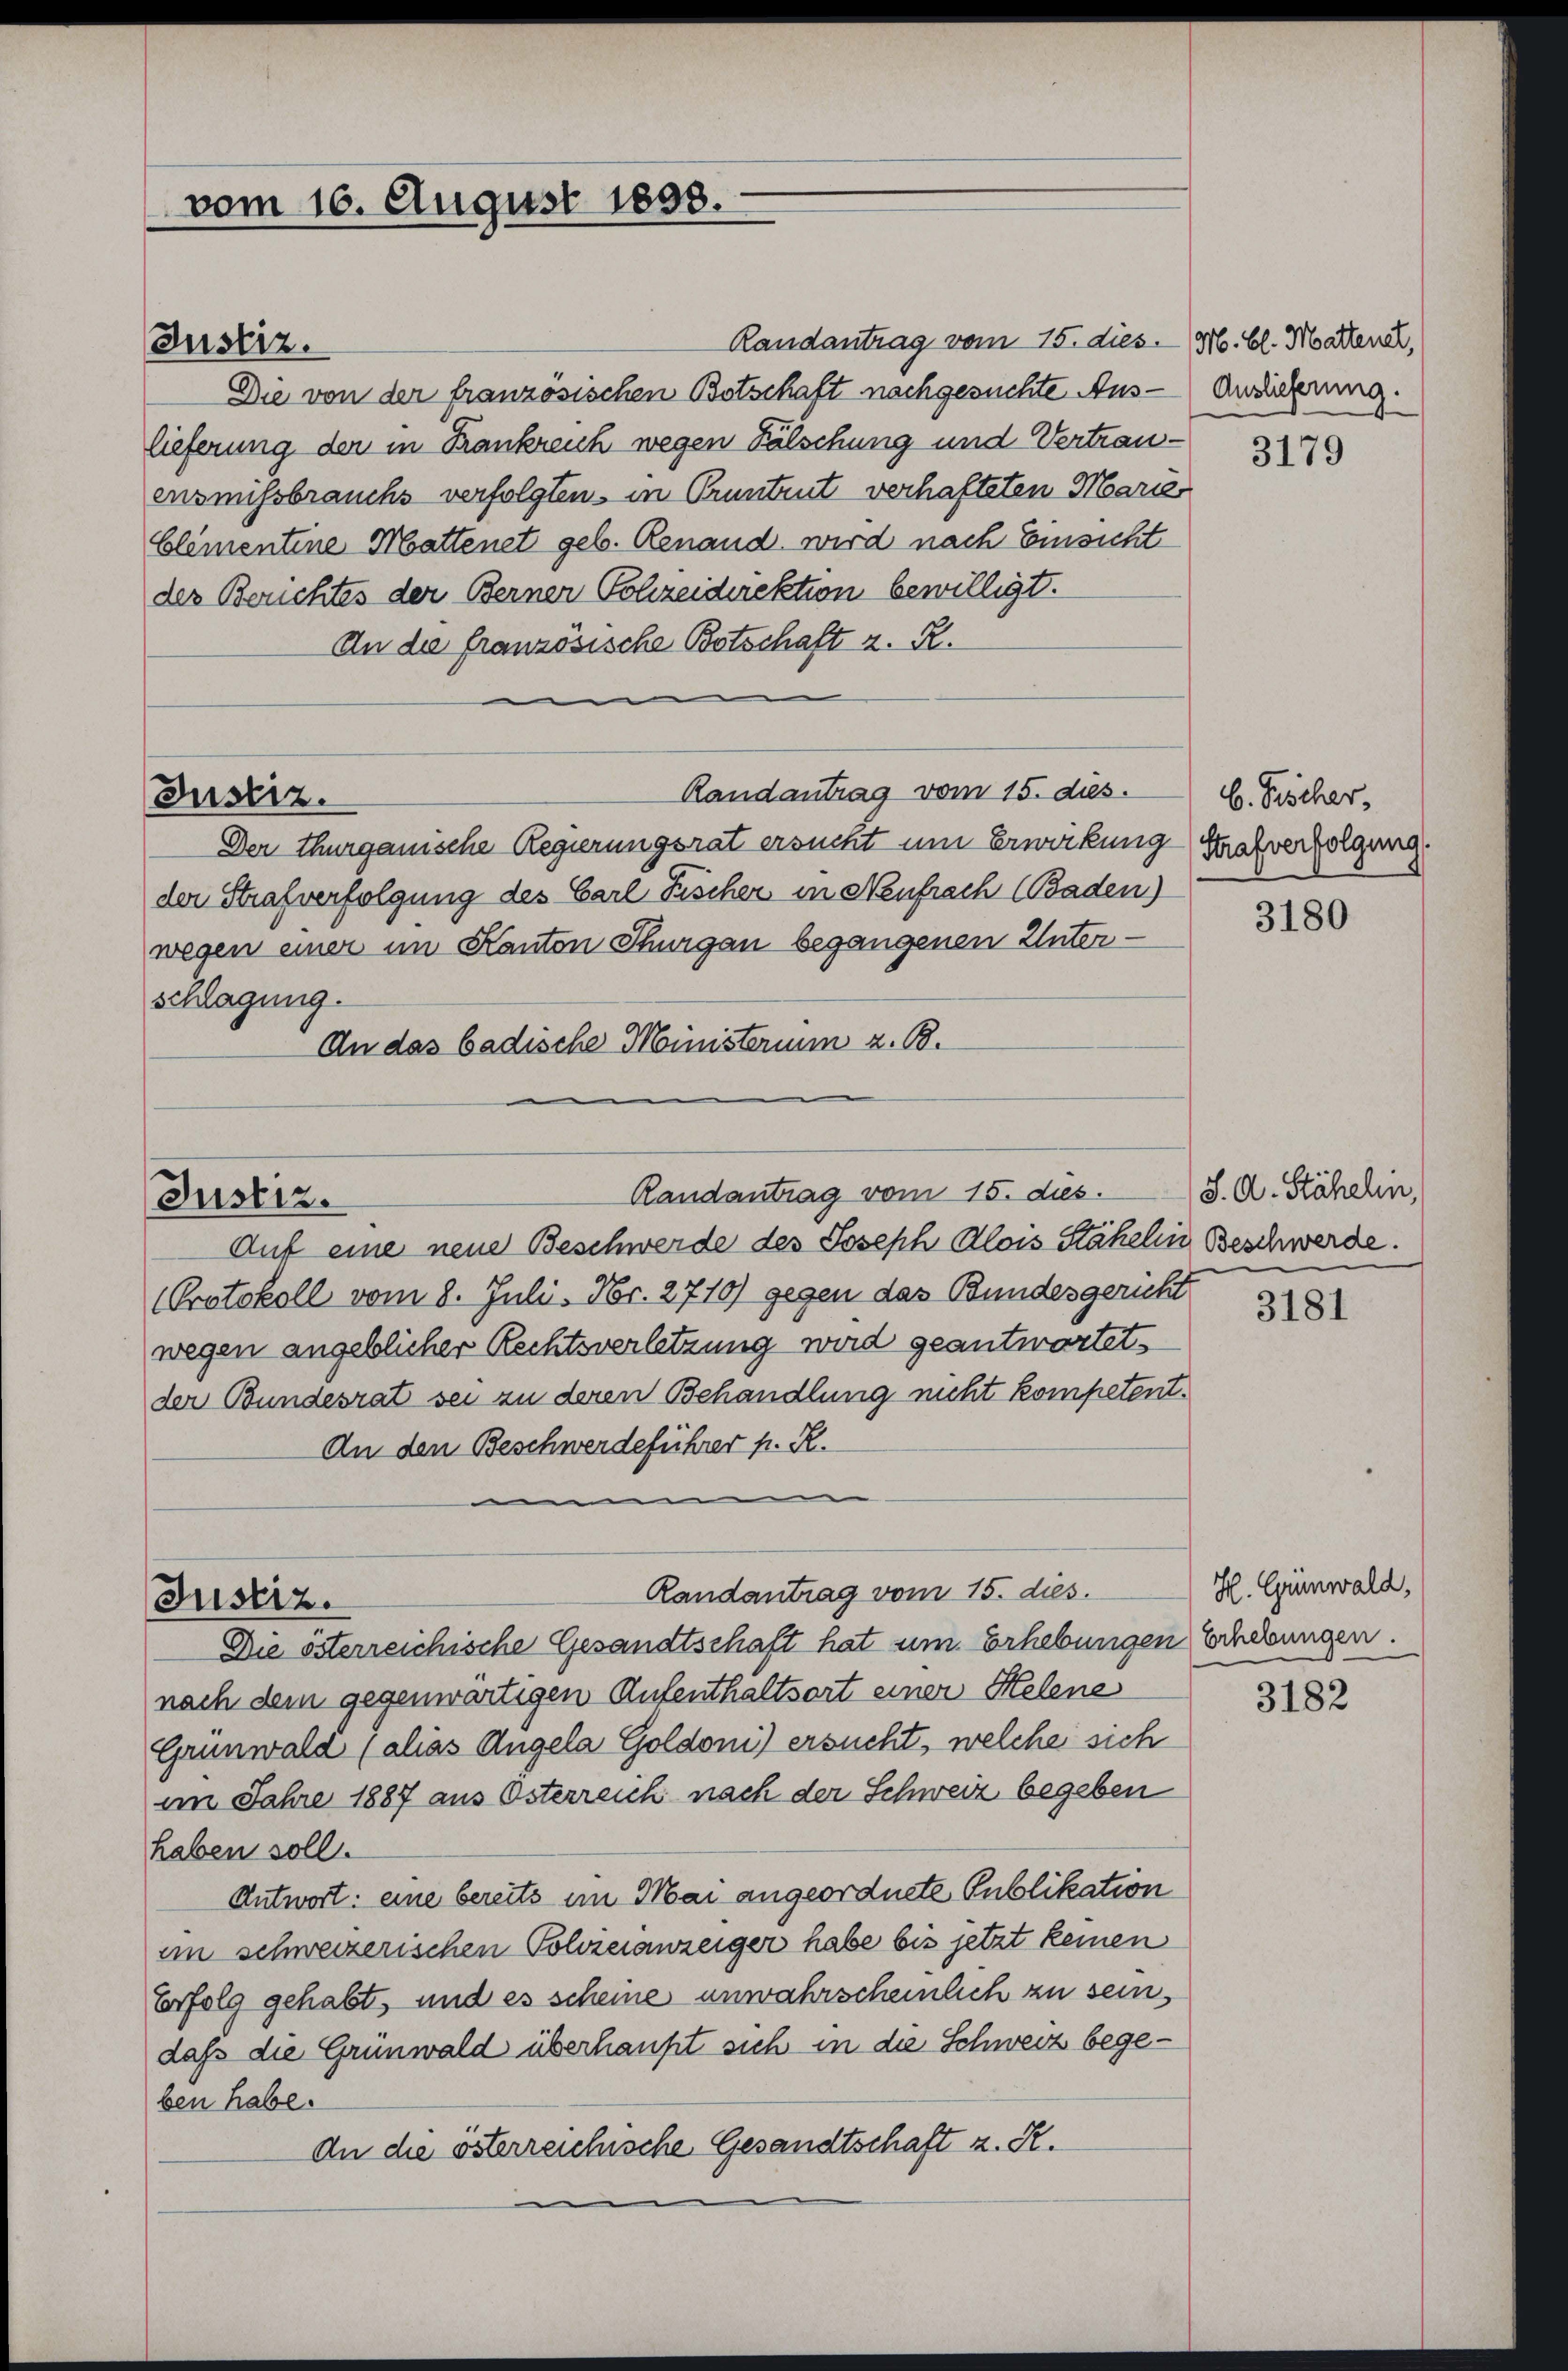
vom 16. August 1833.

Randantrag vom 15. dies. M. Cl. Matten,
Die von der französischen Botschaft nachgesuchte Auslieferung der in Trankreich wegen Fälschung und Vertrauensmissbrauchs verfolgten in Pruntrut verhafteten Marier
Clementine Mattenet geb. Renand wird nach Einsicht
des Berichtes der Berner Polizeidirektion bewilligt.
An die französische Botschaft z. R.
Randantrag vom 15. dies.
Der thurgauische Regierungsrat ersucht um Erwirkung Strafverfolgung
der Strafverfolgung des Carl Fischer in Neufrech (Baden)
wegen einer im Kanton Thurgau begangenen Unterschlagung.
An das badische Ministerium z. B.
Auf eine neue Beschwerde des Joseph Alois Stähelin Beschwerde.
Protokoll vom 8. Juli, Nr. 2710) gegen das Bundesgericht
wegen angeblicher Rechtsverletzung wird geantwortet,
der Bundesrat sei zu deren Behandlung nicht kompetent.
An den Beschwerdeführer p. R.
.
Randantrag vom 15. dies.
Justiz.
Die österreichische Gesandtschaft hat um Erhebungen Erhebungen.
nach dem gegenwärtigen Aufenthaltsort einer Helene
Grünwald (alias Angela Goldoni) ersucht, welche sich
im Jahre 1887 aus Österreich nach der Schweiz begeben
haben soll.
Antwort: eine bereits im Mai angeordnete Publikation
im schweizerischen Polvieranzeiger habe bis jetzt keinen
Erfolg gehabt, und es scheine unwahrscheinlich zu sein,
daß die Grünwald überhaupt sich in die Schweiz begeben habe.
An die österreichische Gesandtschaft z. R.

Justiz.

Justiz.

Justiz.

Randantrag vom 15. dies

Auslieferung.

3179

b. Fischer,

3180

S. A. Stähelin,

3181

H. Grünwald,

3182